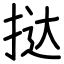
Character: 挞